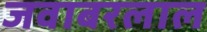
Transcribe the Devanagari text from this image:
जवाबरलाल